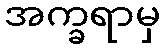
အက္ခရာမှ